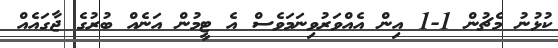
ކުޅުނު މެޗުން 1-1 އިން އެއްވަރުވިނަމަވެސް އެ ޓީމުން އަނެއް ބުރުގެ ޖާގައެއް